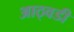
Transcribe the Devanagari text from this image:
आठ्वडी